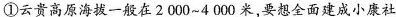
①云贵高原海拔一般在2000~4000米，要想全面建成小康社